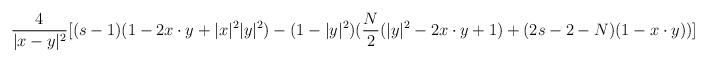
LaTeX: \begin{align*}\frac{4}{|x-y|^2}[(s-1)(1-2x\cdot y+|x|^2|y|^2)-(1-|y|^2)(\frac{N}{2}(|y|^2-2x\cdot y+1)+(2s-2-N)(1-x\cdot y))]\end{align*}